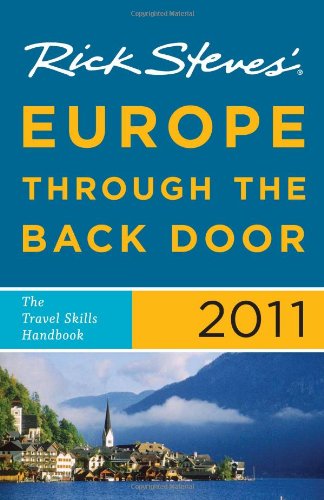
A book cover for Rick Steves' Europe Through the Back Door 2011: The Travel Skills Handbook; Rick Steves; Travel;